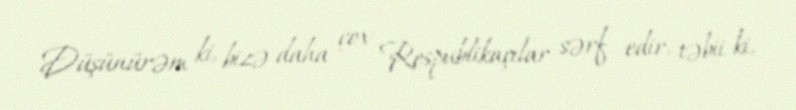
Düşünürəm ki, bizə daha çox Respublikaçılar sərf edir, təbii ki,